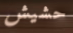
حشيش